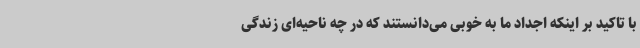
با تاکید بر اینکه اجداد ما به خوبی می‌دانستند که در چه ناحیه‌ای زندگی